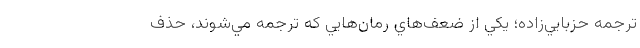
ترجمه حزبايي‌زاده؛ يكي از ضعف‌هاي رمان‌هايي كه ترجمه مي‌شوند، حذف